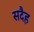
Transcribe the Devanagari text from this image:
सदैह